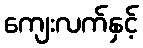
ကျေးလက်နှင့်